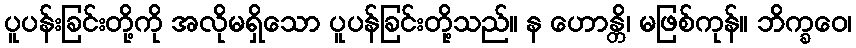
ပူပန်းခြင်းတို့ကို အလိုမရှိသော ပူပန်ခြင်းတို့သည်။ န ဟောန္တိ၊ မဖြစ်ကုန်။ ဘိက္ခဝေ၊